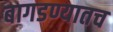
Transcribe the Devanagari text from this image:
बागडण्यातच